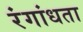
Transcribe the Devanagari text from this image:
रंगांधता